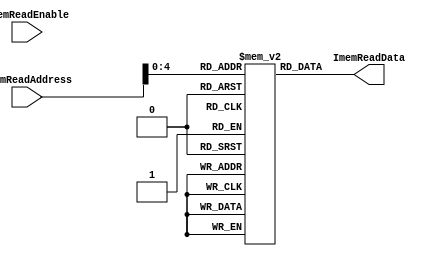
module Instruction_Memory
(
    input ImemReadEnable,
    input [31 : 0] ImemReadAddress,
    output reg [31 : 0] ImemReadData

);

	reg [31:0] Memory [0:31];

	initial
    begin
        Memory[0]   =   32'h00000533;  // add x10 x0 x0
        Memory[1]   =   32'h00100593;  // addi x11 x0 1
        Memory[2]   =   32'h06200613;  // addi x12 x0 98
        Memory[3]   =   32'h00000153;  // fadd.s f2 f0 f0
        Memory[4]   =   32'h00054083;  // lbu x1 0(x10)
        Memory[5]   =   32'h00250513;  // addi x10 x10 2
        Memory[6]   =   32'h0005C103;  // lbu x2 0(x11)
        Memory[7]   =   32'h00258593;  // addi x11 x11 2
        Memory[8]   =   32'h021081B3;  // mul x3 x1 x1
        Memory[9]   =   32'h02210233;  // mul x4 x2 x2
        Memory[10]  =   32'h004182B3;  // add x5 x3 x4
        Memory[11]  =   32'hD01282D3;  // fcvt.s.wu f5 x5
        Memory[12]  =   32'h580283D3;  // fsqrt.s x7 f5
        Memory[13]  =   32'h00710153;  // fadd.s f2 f2 f7
        Memory[14]  =   32'hFCC5CCE3;  // blt x11 x12 -40
    end
	
    always @(*)
    begin
        ImemReadData = Memory[ImemReadAddress];
    end
endmodule